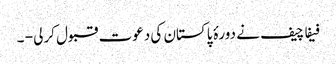
فیفا چیف نے دورۂ پاکستان کی دعوت قبول کرلی - ۔